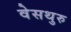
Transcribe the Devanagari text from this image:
वेसथुरु